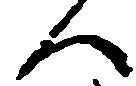
人